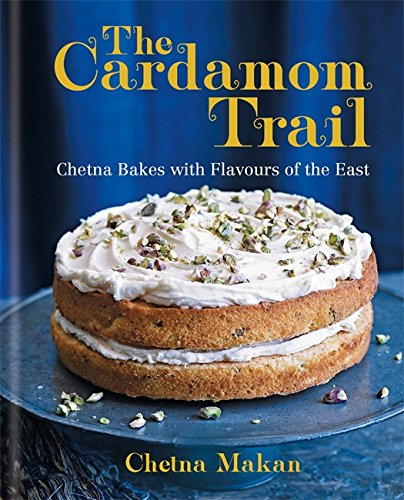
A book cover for The Cardamom Trail: Chetna Bakes with Flavours of the East; Chetna Makan; Cookbooks, Food & Wine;